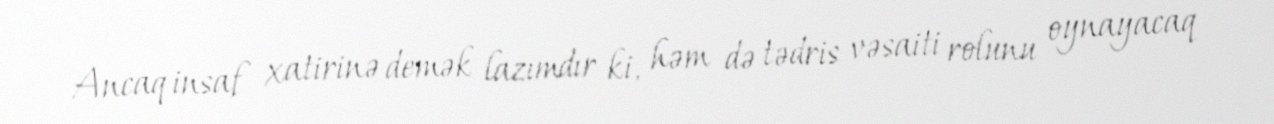
Ancaq insaf xatirinə demək lazımdır ki, həm də tədris vəsaiti rolunu oynayacaq